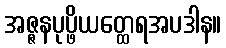
အဇ္ဇနပုပ္ဖိယတ္ထေရအပဒါန။